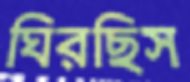
ঘিরছিস